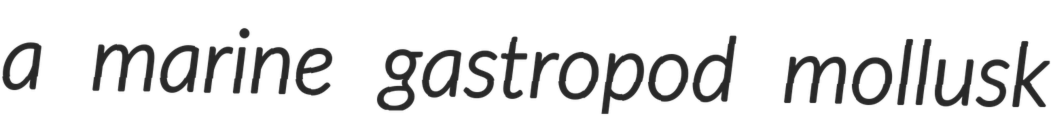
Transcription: a marine gastropod mollusk